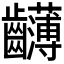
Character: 𪚂